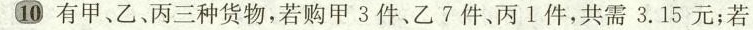
⑩有甲乙丙三种货物，若购甲3件、乙7件、丙1件，共需3.15元；若